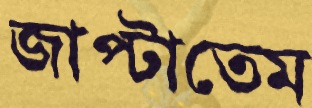
জাপ্‌টাতেম